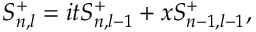
S _ { n , l } ^ { + } = i t S _ { n , l - 1 } ^ { + } + x S _ { n - 1 , l - 1 } ^ { + } ,